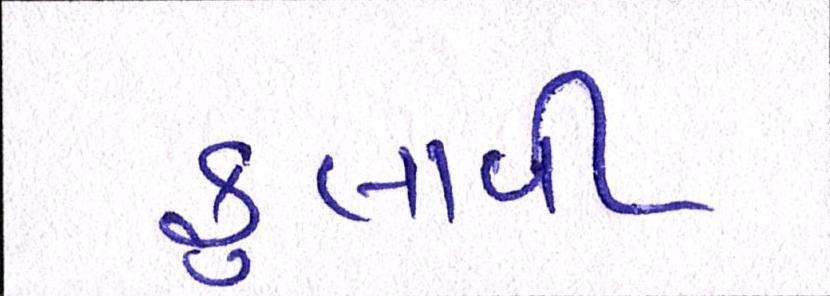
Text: ફુલાવી